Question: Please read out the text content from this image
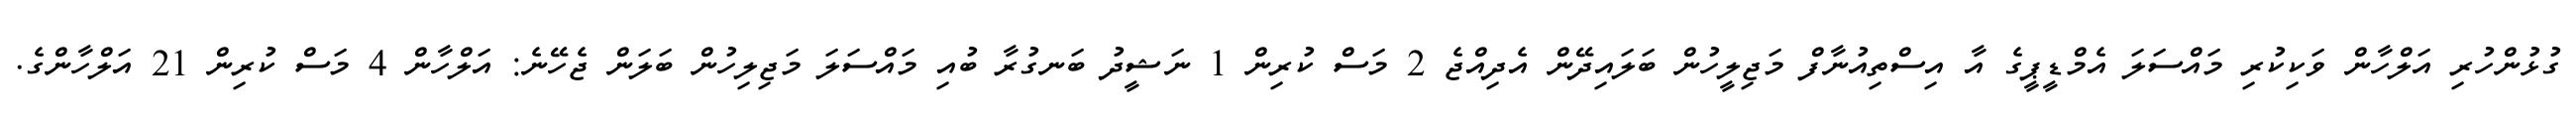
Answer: ގުޅުންހުރި އަލްހާން ވަކިކުރި މައްސަލަ އެމްޑީޕީގެ އާ އިސްތިއުނާފް މަޖިލީހުން ބަލައިދޭން އެދިއްޖެ 2 މަސް ކުރިން 1 ނަޝީދު ބަނގުރާ ބުއި މައްސަލަ މަޖިލިހުން ބަލަން ޖެހޭނެ: އަލްހާން 4 މަސް ކުރިން 21 އަލްހާންގެ.